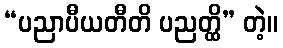
“ပညာပီယတီတိ ပညတ္ထိ” တဲ့။